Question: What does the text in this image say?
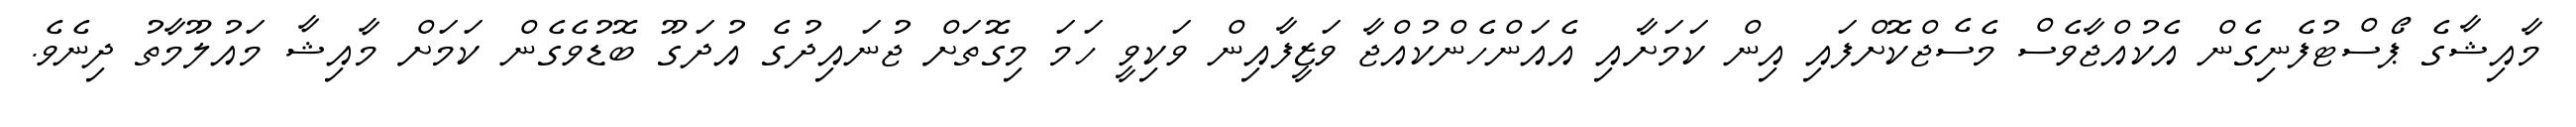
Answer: މާއިޝާގެ ޕޯސްޓުފެނިގެން އެކުއްޖާވެސް މެސެޖްކޮށްފައި އިން ކަމަށާއި އެއަންހެންކުއްޖާ ވަޒީފާއިން ވަކިވީ ހަމަ މިގޮތަށް ޖުނައިދުގެ އުދަގޫ ބޮޑުވެގެން ކަމަށް މާއިޝާ މައުލޫމާތު ދިނެވެ.